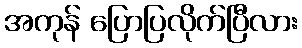
အကုန် ပြောပြလိုက်ပြီလား